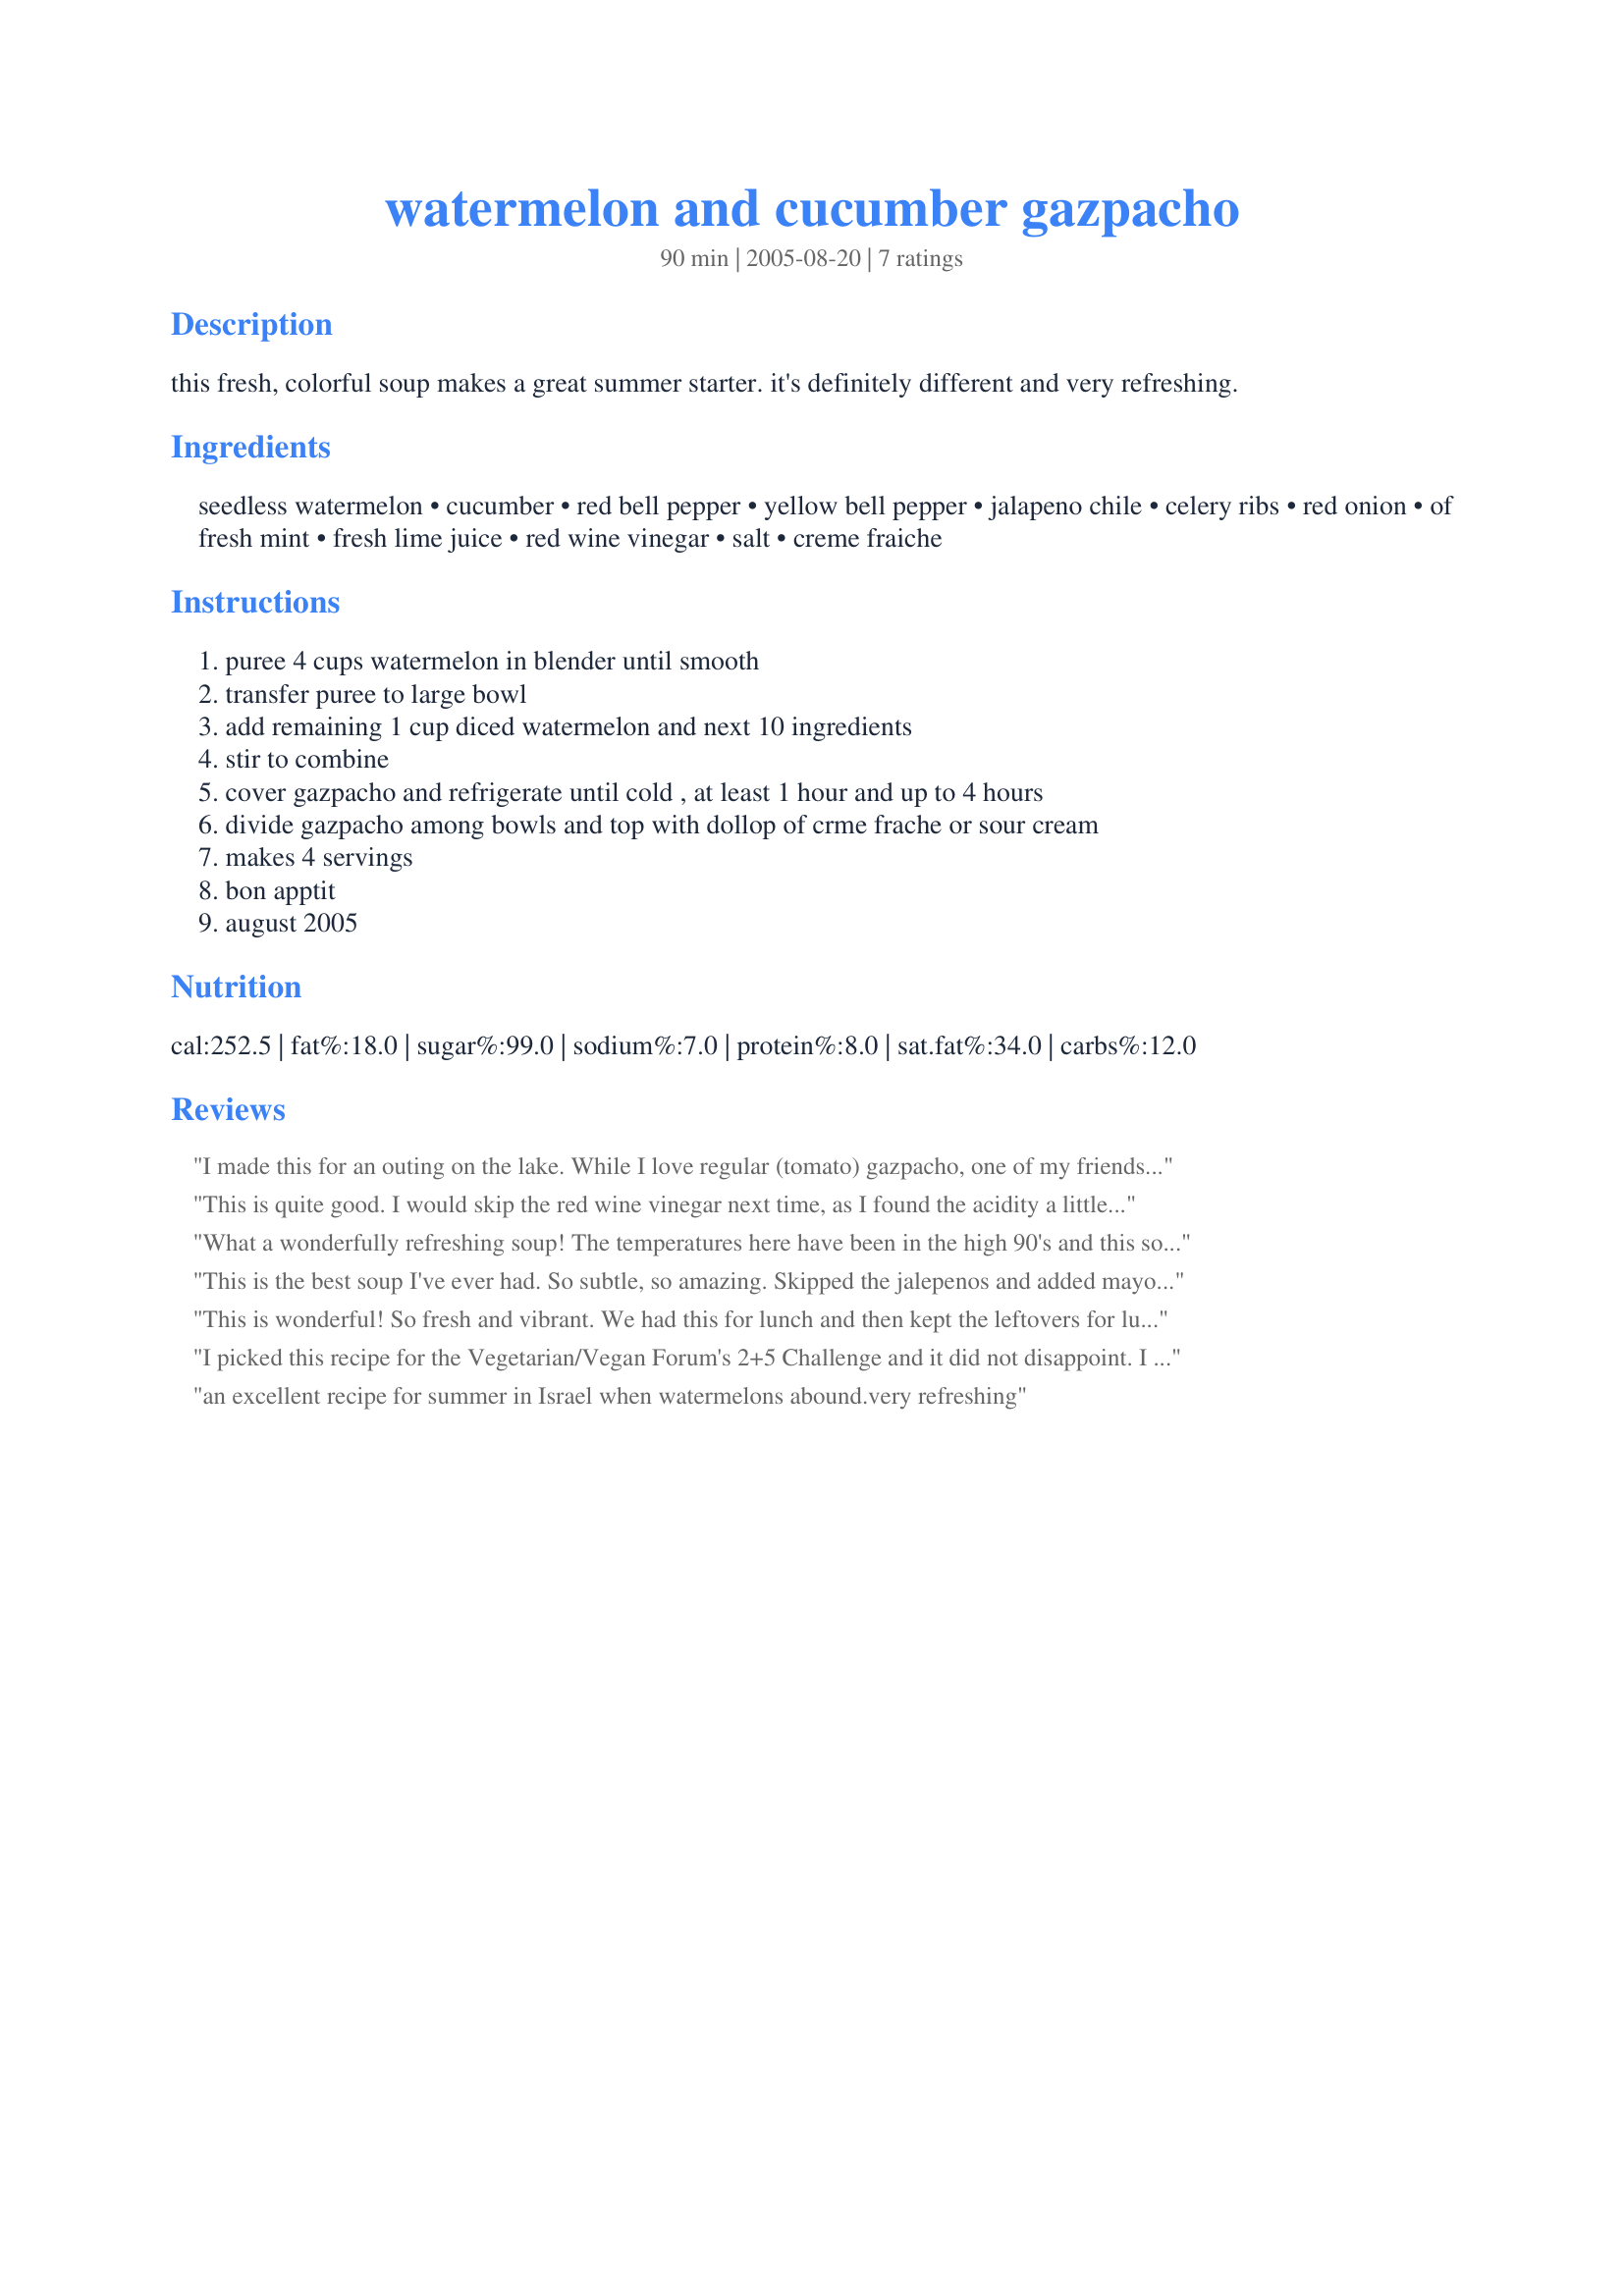
watermelon and cucumber gazpacho
Preparation time: 90 minutes

this fresh, colorful soup makes a great summer starter. it's definitely different and very refreshing.

Ingredients:
seedless watermelon, cucumber, red bell pepper, yellow bell pepper, jalapeno chile, celery ribs, red onion, of fresh mint, fresh lime juice, red wine vinegar, salt, creme fraiche

Steps:
puree 4 cups watermelon in blender until smooth, transfer puree to large bowl, add remaining 1 cup diced watermelon and next 10 ingredients, stir to combine, cover gazpacho and refrigerate until cold , at least 1 hour and up to 4 hours, divide gazpacho among bowls and top with dollop of crme frache or sour cream, makes 4 servings, bon apptit, august 2005

Reviews:
I made this for an outing on the lake. While I love regular (tomato) gazpacho, one of my friends suffers from acid reflux, so I made this instead. Everyone LOVED it! At one reviewer's suggestion I swapped balsamic vinegar for red wine vinegar. Also pureed the whole thing, which made for a lovely texture, albeit no crunch. Could do it either way, really. But perfect for a hot summer day's outing.
This is quite good. I would skip the red wine vinegar next time, as I found the acidity a little overwhelming and it totally overtook the watermelon flavour. This was a great starter for my mexican fiesta though! :) Thanks!
What a wonderfully refreshing soup! The temperatures here have been in the high 90's and this soup was an amazing fix to the "I'm too hot to eat" blues! Taking a cue from the other reviewers, I halved the vinegar and switched it to balsamic. I also used half the amount of jalapeno pepper due to personal preferences. A delight to the eye and the palate! Thanks Nana Lee!
This is the best soup I've ever had. So subtle, so amazing. Skipped the jalepenos and added mayo instead of sour cream because that's what I had on hand and put in my tomato gazpacho.
This is wonderful! So fresh and vibrant. We had this for lunch and then kept the leftovers for lunch the next day. This is such a great gazpacho; will definitely make again!
I picked this recipe for the Vegetarian/Vegan Forum's 2+5 Challenge and it did not disappoint. I definitely recommend using organic or homegrown vegetables with this as this gazpacho deserves produce that tantalises the senses if it is going to reach its full potential.
The under-fives in this house weren't interested in this soup but that left more for the adults in the house who were pleased to have their share. Its also a very pretty looking soup if you use the different capsicums and excellent if you want something for a dinner party.
an excellent recipe for summer in Israel when watermelons abound.very refreshing
